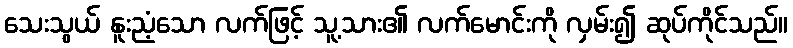
သေးသွယ် နူးညံ့သော လက်ဖြင့် သူ့သား၏ လက်မောင်းကို လှမ်း၍ ဆုပ်ကိုင်သည်။